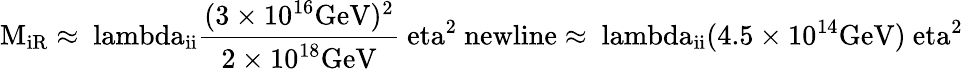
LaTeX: \mathrm{M_{iR}\approx\ lambda_{ii}\frac{(3\times 10^{16}GeV)^{2}}{2\times 10^{18}GeV}\ eta^{2}\ newline\approx\ lambda_{ii}(4.5\times 10^{14}GeV)\ eta^{2}}